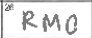
Transcription: RMO